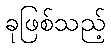
ခုဖြစ်သည့်